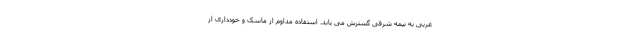
غربی به نیمه شرقی گسترش می یابد. استفاده مداوم از ماسک و خودداری از